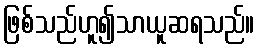
ဖြစ်သည်ဟူ၍သာယူဆရသည်။